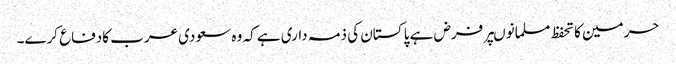
حرمین کا تحفظ مسلمانوںپر فرض ہے پا کستان کی ذمہ داری ہے کہ وہ سعودی عرب کادفاع کرے۔